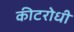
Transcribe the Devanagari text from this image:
कीटरोधी